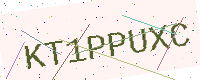
Text: KT1PPUXC